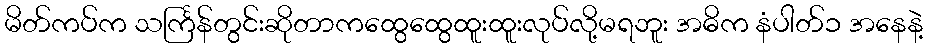
မိတ်ကပ်က သင်္ကြန်တွင်းဆိုတာကထွေထွေထူးထူးလုပ်လို့မရဘူး အဓိက နံပါတ်၁ အနေနဲ့